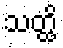
သတ္ထိ